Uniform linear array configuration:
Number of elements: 32
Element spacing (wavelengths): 0.75
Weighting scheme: cosine
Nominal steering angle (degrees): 15
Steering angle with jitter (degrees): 14.262
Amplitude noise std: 0.05
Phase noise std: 0.05

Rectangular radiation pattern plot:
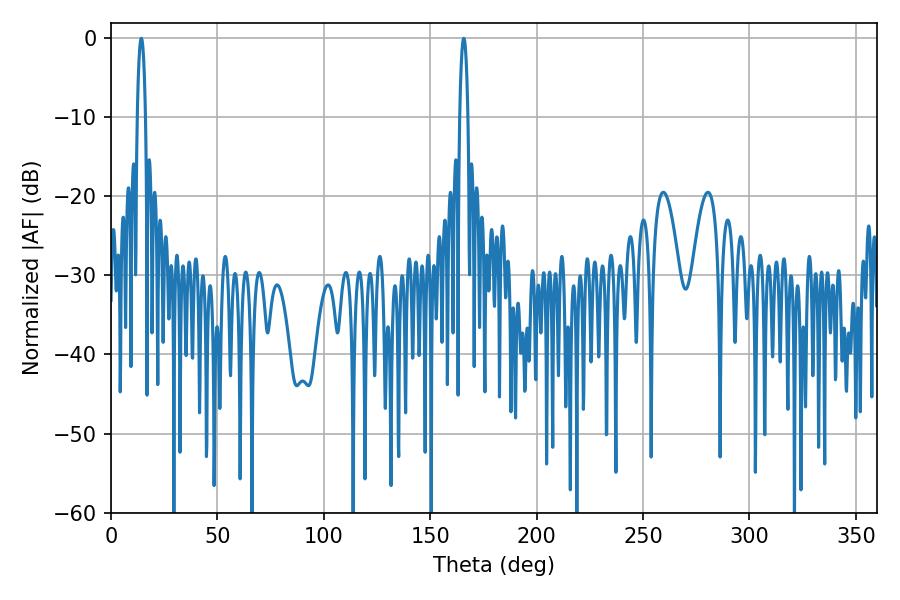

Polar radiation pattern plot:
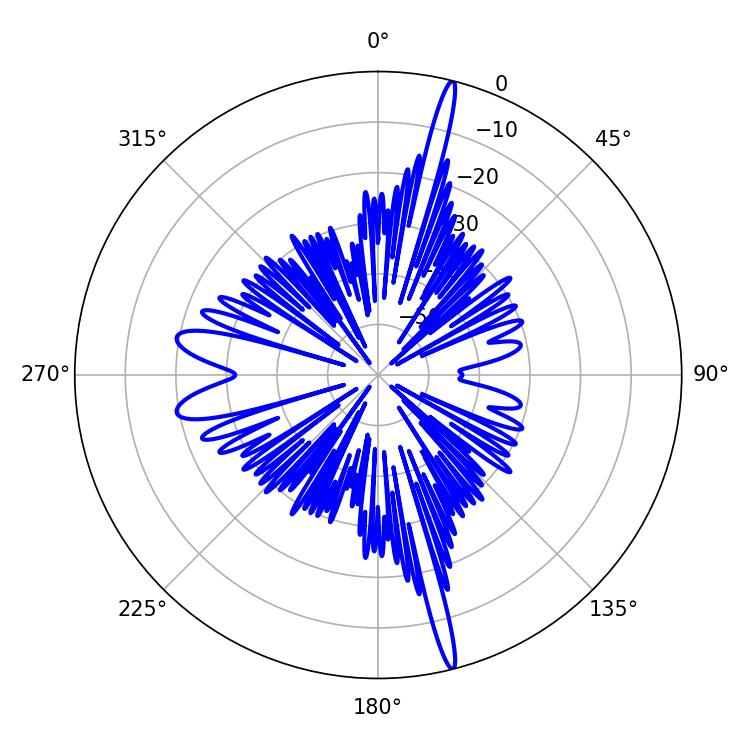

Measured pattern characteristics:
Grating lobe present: TRUE
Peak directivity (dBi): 20.526
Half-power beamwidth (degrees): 2.16
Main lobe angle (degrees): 14.22